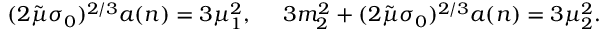
( 2 \tilde { \mu } \sigma _ { 0 } ) ^ { 2 / 3 } a ( n ) = 3 \mu _ { 1 } ^ { 2 } , ~ ~ ~ ~ 3 m _ { 2 } ^ { 2 } + ( 2 \tilde { \mu } \sigma _ { 0 } ) ^ { 2 / 3 } a ( n ) = 3 \mu _ { 2 } ^ { 2 } .